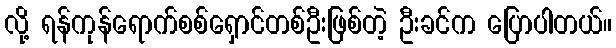
လို့ ရန်ကုန်ရောက်စစ်ရှောင်တစ်ဦးဖြစ်တဲ့ ဦးခင်က ပြောပါတယ်။